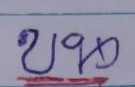
บน